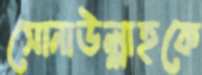
সোনাউল্লাহকে